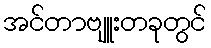
အင်တာဗျူးတခုတွင်